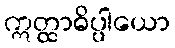
ဣတ္ထာဓိပ္ပါယော